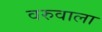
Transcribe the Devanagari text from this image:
वरुवाला